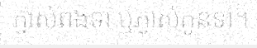
ភ្ញាស់ពងទា ឬភ្ញាស់កូនទា។